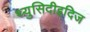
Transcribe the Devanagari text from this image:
थ्युसिदीइदिज